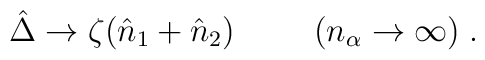
\hat{\Delta}\rightarrow\zeta(\hat{n}_1+\hat{n}_2)\hspace{10mm}  (n_{\alpha}\rightarrow\infty)\;.